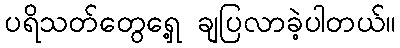
ပရိသတ်တွေရှေ့ ချပြလာခဲ့ပါတယ်။